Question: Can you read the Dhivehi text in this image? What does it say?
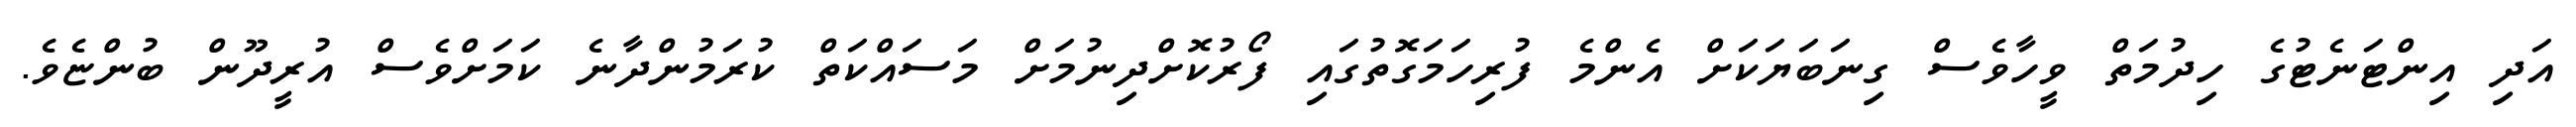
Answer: އަދި އިންޓަނެޓުގެ ހިދުމަތް ވީހާވެސް ގިނަބަޔަކަށް އެންމެ ފުރިހަމަގޮތުގައި ފޯރުކޮށްދިނުމަށް މަސައްކަތް ކުރަމުންދާނެ ކަމަށްވެސް އުރީދޫން ބުންޏެވެ.